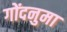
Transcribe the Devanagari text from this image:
गोंदनुमा